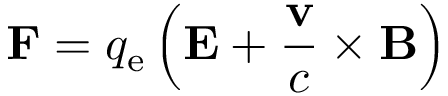
\mathbf { F } = q _ { \mathrm { e } } \left( \mathbf { E } + { \frac { \mathbf { v } } { c } } \times \mathbf { B } \right)